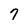
Character: 7